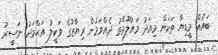
ބައެއް މީޑިޔާ ތަކަށް މިއަދު މައުލޫމާތު ދެއްވަމުން ރިޔާޒުގެ ވަކީލު އަޙްމަދު ނަސީރު